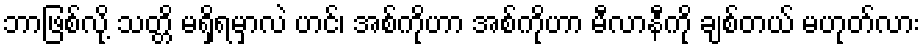
ဘာဖြစ်လို့ သတ္တိ မရှိရမှာလဲ ဟင်၊ အစ်ကိုဟာ အစ်ကိုဟာ မီလာနီကို ချစ်တယ် မဟုတ်လား